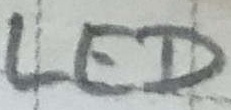
Text: LED